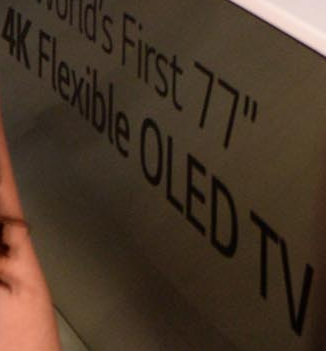
4K Flexible OLED TV